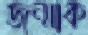
জন্মাক